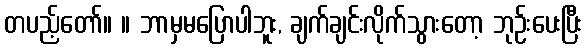
တပည့်တော်။ ။ ဘာမှမပြောပါဘူး, ချက်ချင်းလိုက်သွားတော့ ဘုဉ်းပေးပြီး